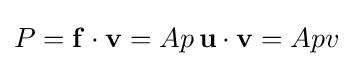
P=\mathbf {f} \cdot \mathbf {v} =Ap\,\mathbf {u} \cdot \mathbf {v} =Apv